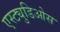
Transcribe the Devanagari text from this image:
एस्ट्युडिओस